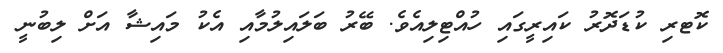
ކޮޓރި ކުޑަދޮރު ކައިރީގައި ހުއްޓިލިއެވެ. ބޭރު ބަލައިލުމާއި އެކު މައިޝާ އަށް ލިބުނީ